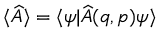
\langle \widehat { A } \rangle = \langle \psi | \widehat { A } ( q , p ) \psi \rangle